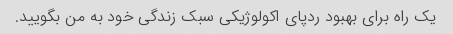
یک راه برای بهبود ردپای اکولوژیکی سبک زندگی خود به من بگویید.